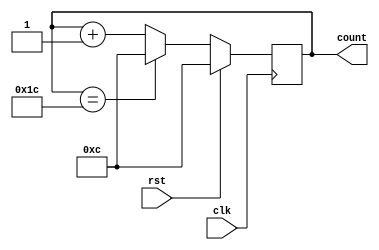
/******************************************************************************************************************

This source code is a work of its author. No part of it should be copied and pasted for any commercial purpose. 
This code is purely for educational purposes. If required, this code can be cloned from GitHub repository.

Filename	: user_defined_up_counter.v

Description	: User Defined Synchronous Up Counter Design to count from 01100 to 11100

Author Name	: Deep Kar Sarkar

Version		: 1.0

*******************************************************************************************************************/

module user_defined_up_counter(clk, rst, count);

	input clk, rst;
	output reg [4:0] count;
	
	always @(posedge clk)
	begin
		if(rst)
			count <= 5'b01100;
		else begin
			if(count == 5'b11100)
				count <= 5'b01100;
			else
				count <= count + 1'b1;
		end
	end

endmodule